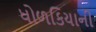
ધોળકિયાની